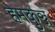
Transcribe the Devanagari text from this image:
हेमकुञ्ज